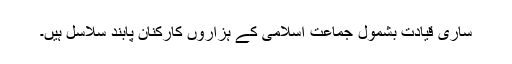
ساری قیادت بشمول جماعت اسلامی کے ہزاروں کارکنان پابند سلاسل ہیں۔